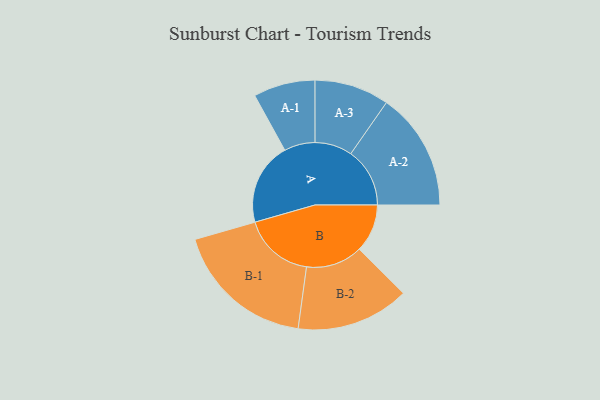
{"axis": {"x": "Segment", "y": "Value"}, "legend": ["", "A", "B"], "data": [{"x": "A", "y": 340, "type": ""}, {"x": "B", "y": 198, "type": ""}, {"x": "A-1", "y": 127, "type": "A"}, {"x": "A-2", "y": 243, "type": "A"}, {"x": "A-3", "y": 154, "type": "A"}, {"x": "B-1", "y": 292, "type": "B"}, {"x": "B-2", "y": 233, "type": "B"}]}